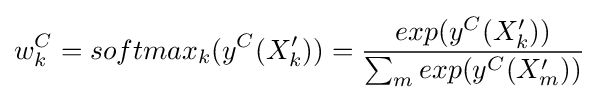
w_{k}^{C}=softmax_{k}(y^{C}(X'_{k}))={\frac {exp(y^{C}(X'_{k}))}{\sum _{m}exp(y^{C}(X'_{m}))}}